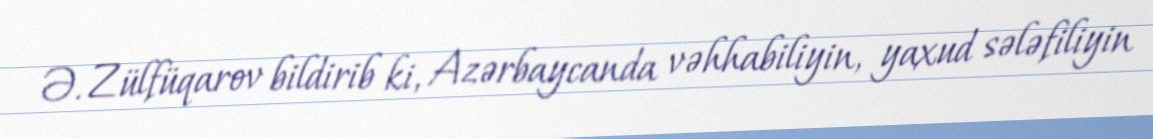
Ə. Zülfüqarov bildirib ki, Azərbaycanda vəhhabiliyin, yaxud sələfiliyin